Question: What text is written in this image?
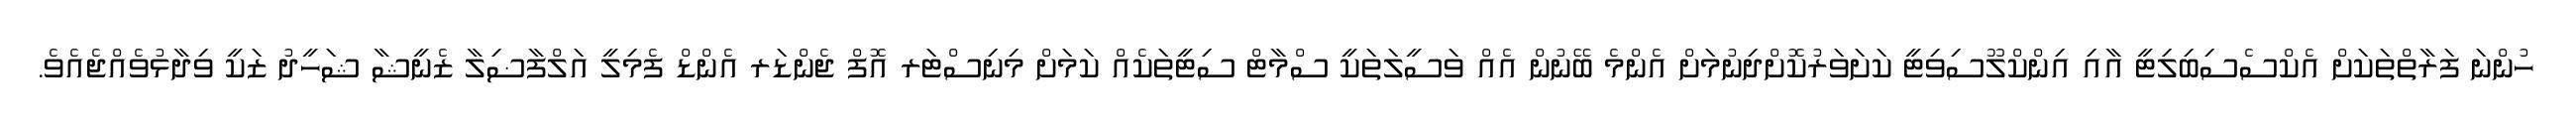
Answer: ހުންނަ ފަރާތްތަކަށް އެކްސެސިބިލިޓީ އާއި އިންކްލޫސިވިޓީ ކަށަވަރުކޮށްދިނުމަށް އެންމެ ބޭނުން އެއް ވަސީލަތަކީ ސްމާޓް ސިޓީތަކެއް ކަމަށް މިނިސްޓަރ އޮފް ޖެންޑަރ އެންޑް ފެމިލީ އަލްފާޟިލާ ޒެނީޝާ ޝަހީދު ޒަކީ ވިދާޅުވެއްޖެއެވެ.